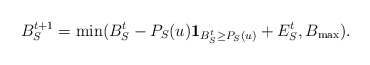
\begin{align*}B_{S}^{t+1} = \min (B_{S}^{t} - P_{S}(u) \mathbf{1}_{B_{S}^{t} \geq P_{S}(u)} + E_{S}^{t}, B_{\max}).\end{align*}